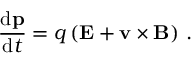
{ \frac { \mathrm { d } \mathbf { p } } { \mathrm { d } t } } = q \left( \mathbf { E } + \mathbf { v } \times \mathbf { B } \right) \, .